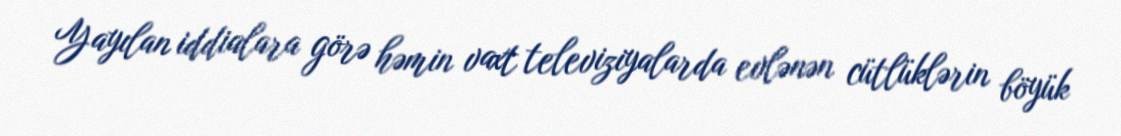
Yayılan iddialara görə həmin vaxt televiziyalarda evlənən cütlüklərin böyük